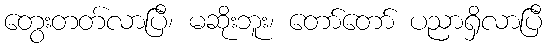
တွေးတတ်လာပြီ၊ မဆိုးဘူး၊ တော်တော် ပညာရှိလာပြီ